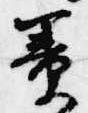
簀